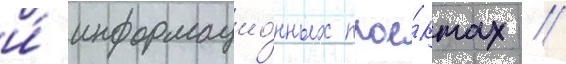
и́ информацио́нных прое́ктах //